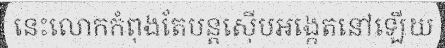
នេះលោកកំពុងតែបន្តស៊ើបអង្កេតនៅឡើយ